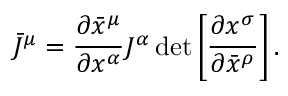
{ \bar { J } } ^ { \mu } = { \frac { \partial { \bar { x } } ^ { \mu } } { \partial x ^ { \alpha } } } J ^ { \alpha } \operatorname* { d e t } \left[ { \frac { \partial x ^ { \sigma } } { \partial { \bar { x } } ^ { \rho } } } \right] .